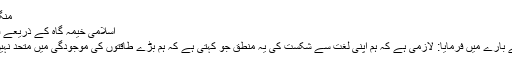
منگل, ستمبر 30, 2014 04:51
اسلامی خیمہ گاہ کے ذریعے فکری سازشیں: ڈاکٹر فتحی یکن
اور سازش کی ایک اور قسم کے بارے میں فرمایا: لازمی ہے کہ ہم اپنی لغت سے شکست کی یہ منطق جو کہتی ہے کہ ہم بڑے طاقتوں کی موجودگی میں متحد نہیں ہو سکیں گے حذف کرنا ہوگا۔